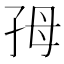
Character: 𡥓